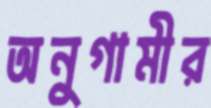
অনুগামীর